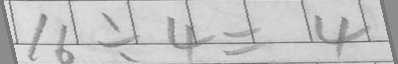
1 6 \div 4 = 4